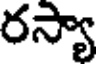
రస్యా